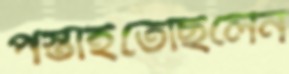
পস্তাইতেছিলেন